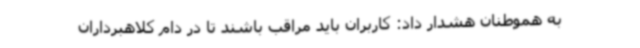
به هموطنان هشدار داد: کاربران باید مراقب باشند تا در دام کلاهبرداران